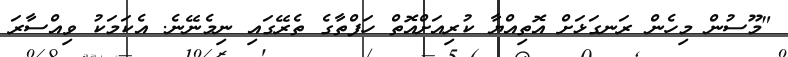
"މޫސުން މިހެން ރަނގަޅަށް އޮތިއްޔާ ކުރިއަށްއޮތް ހަފްތާގެ ތެރޭގައި ނިމެނޭނެ. އެކަމަކު ވިއްސާރަ